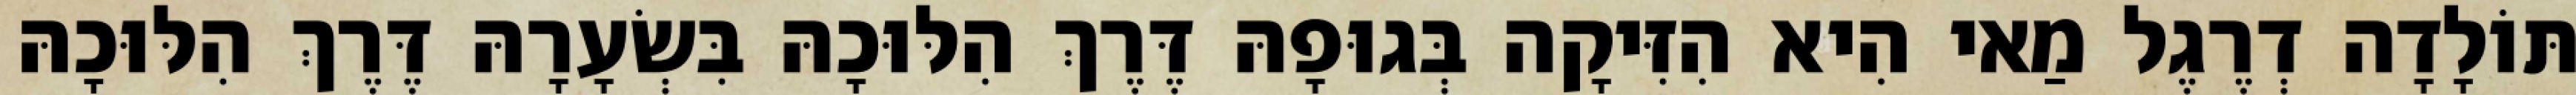
תּוֹלָדָה דְרֶגֶל מַאי הִיא הִזִּיקָה בְּגוּפָהּ דֶּרֶךְ הִלּוּכָהּ בִּשְׂעָרָהּ דֶּרֶךְ הִלּוּכָהּ